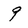
Character: 9